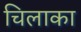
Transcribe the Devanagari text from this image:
चिलाका